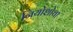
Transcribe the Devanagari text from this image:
नियोशोचा